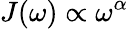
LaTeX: J(\omega)\propto\omega^{\alpha}